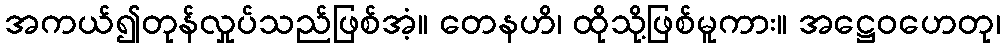
အကယ်၍တုန်လှုပ်သည်ဖြစ်အံ့။ တေနဟိ၊ ထိုသို့ဖြစ်မူကား။ အဋ္ဌေဝဟေတု၊